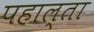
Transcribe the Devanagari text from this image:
पहाल्ता